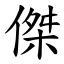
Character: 傑